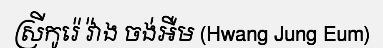
ស្រីកូរ៉េ វ៉ាង ចង់អឺម (Hwang Jung Eum)